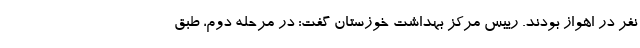
نفر در اهواز بودند. رییس مرکز بهداشت خوزستان گفت: در مرحله دوم، طبق